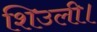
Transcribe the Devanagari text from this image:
शिउली।